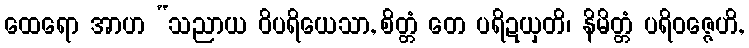
ထေရော အာဟ “သညာယ ဝိပရိယေသာ, စိတ္တံ တေ ပရိဍယှတိ၊ နိမိတ္တံ ပရိဝဇ္ဇေဟိ,